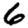
Digit: 6